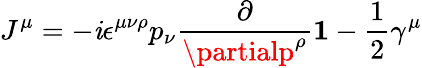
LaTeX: J^{\mu}=-\mathit{i}\epsilon^{\mu\nu\rho}p_{\nu}{\frac{{\partial}}{{\partialp^{\rho}}}}{\mathbf{1}}-\frac{{1}}{{2}}\gamma^{\mu}